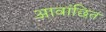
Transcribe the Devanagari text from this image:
आवांछित